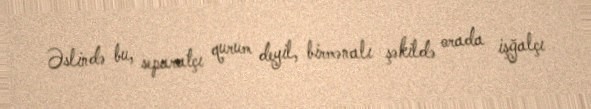
Əslində bu, separatçı qurum deyil, birmənalı şəkildə orada işğalçı